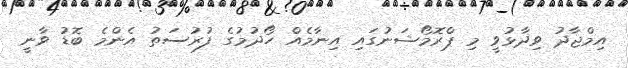
އިމްޖާދު ވިދާޅުވީ މި ޕްރޮމޯޝަނުގައި އިނާމެއް ހޯދުމުގެ ފުރުސަތު އެންމެ ބޮޑު ވާނީ